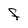
Character: f